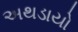
અથડાયો